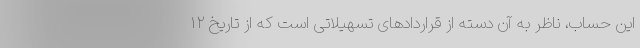
این حساب، ناظر به آن دسته از قراردادهای تسهیلاتی است که از تاریخ ۱۲